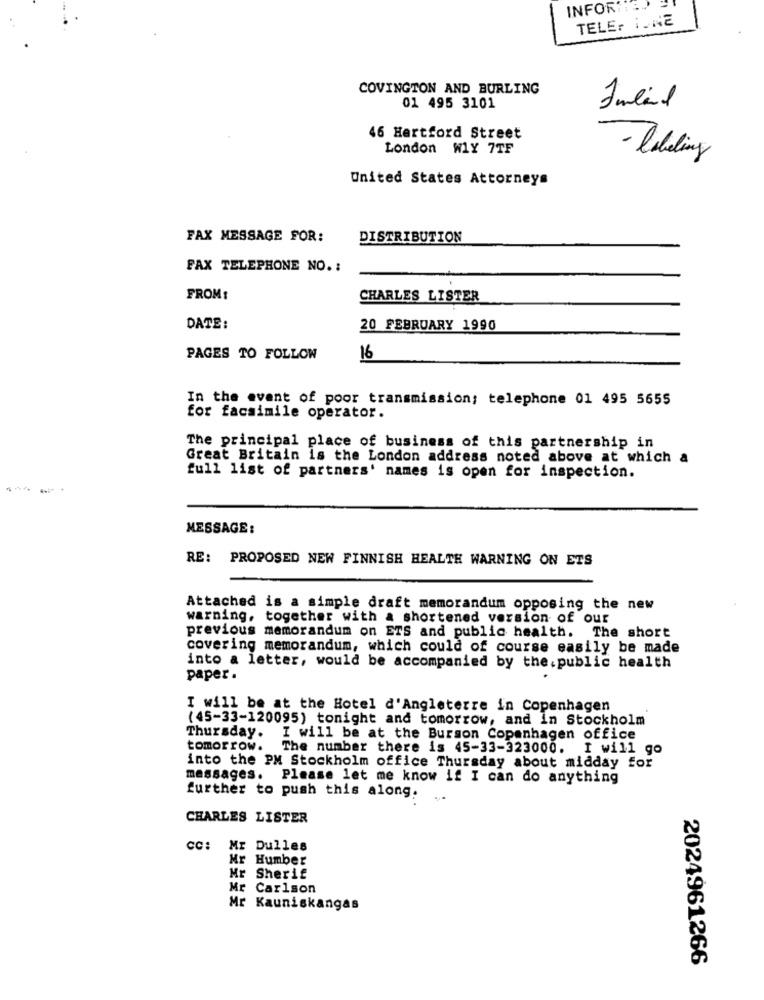
INFOR :: S?
TELE: 1.NE
COVINGTON AND BURLING
01 495 3101
Imlil
46 Hartford Street
London W1Y 7TF
- leveling
United States Attorneys
FAX MESSAGE FOR:
DISTRIBUTION
FAX TELEPHONE NO. :
FROM:
CHARLES LISTER
DATE:
20 FEBRUARY 1990
PAGES TO FOLLOW
16
In the event of poor transmission; telephone 01 495 5655
for facsimile operator.
The principal place of business of this partnership in
Great Britain is the London address noted above at which a
full list of partners' names is open for inspection.
MESSAGE:
RE: PROPOSED NEW FINNISH HEALTH WARNING ON ETS
Attached is a simple draft memorandum opposing the new
warning, together with a shortened version of our
previous memorandum on ETS and public health. The short
covering memorandum, which could of course easily be made
into a letter, would be accompanied by the. public health
paper .
I will be at the Hotel d'Angleterre in Copenhagen
(45-33-120095) tonight and tomorrow, and in Stockholm
Thursday.
I will be at the Burson Copenhagen office
tomorrow.
The number there is 45-33-323000. I will go
into the PM Stockholm office Thursday about midday for
messages. Please let me know if I can do anything
further to push this along.
CHARLES LISTER
CC:
Mr Dulles
Mr Humber
Mr Sherif
Mr Carlson
Mr Kauniskangas
2024961266